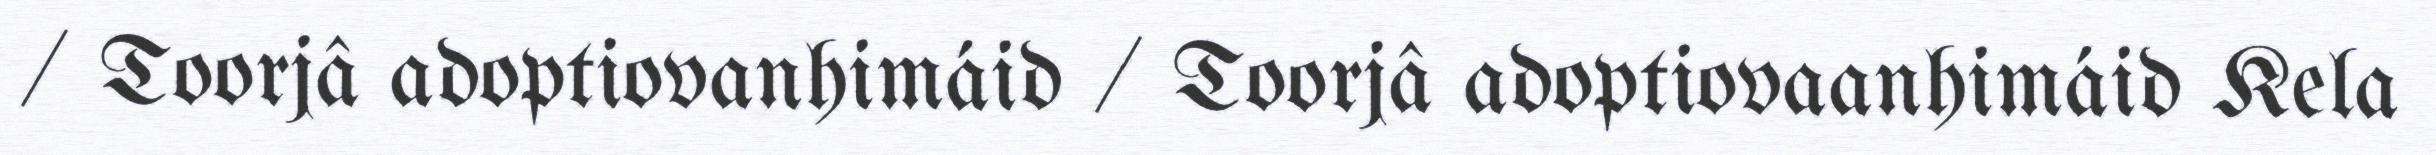
/ Toorjâ adoptiovanhimáid / Toorjâ adoptiovaanhimáid Kela